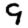
Digit: 9